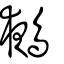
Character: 鵺